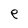
Character: e